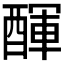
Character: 𨡫